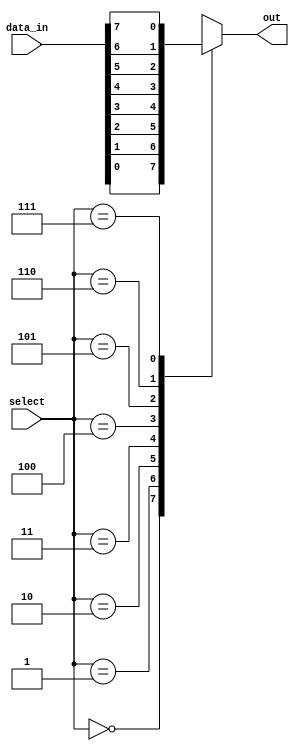
module multiplexer_8to1(
    input [7:0] data_in,
    input [2:0] select,
    output reg out
);

always @(*)
begin
    case(select)
        3'b000: out = data_in[0];
        3'b001: out = data_in[1];
        3'b010: out = data_in[2];
        3'b011: out = data_in[3];
        3'b100: out = data_in[4];
        3'b101: out = data_in[5];
        3'b110: out = data_in[6];
        3'b111: out = data_in[7];
        default: out = 1'b0;
    endcase
end

endmodule